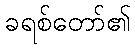
ခရစ်တော်၏